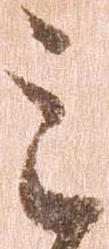
之